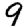
Digit: 9